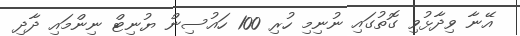
އޭނާ ވިދާޅުވި ގޮތުގައި ނުނިމި ހުރި 100 ހައުސިން ޔުނިޓް ނިންމައި ދާދި